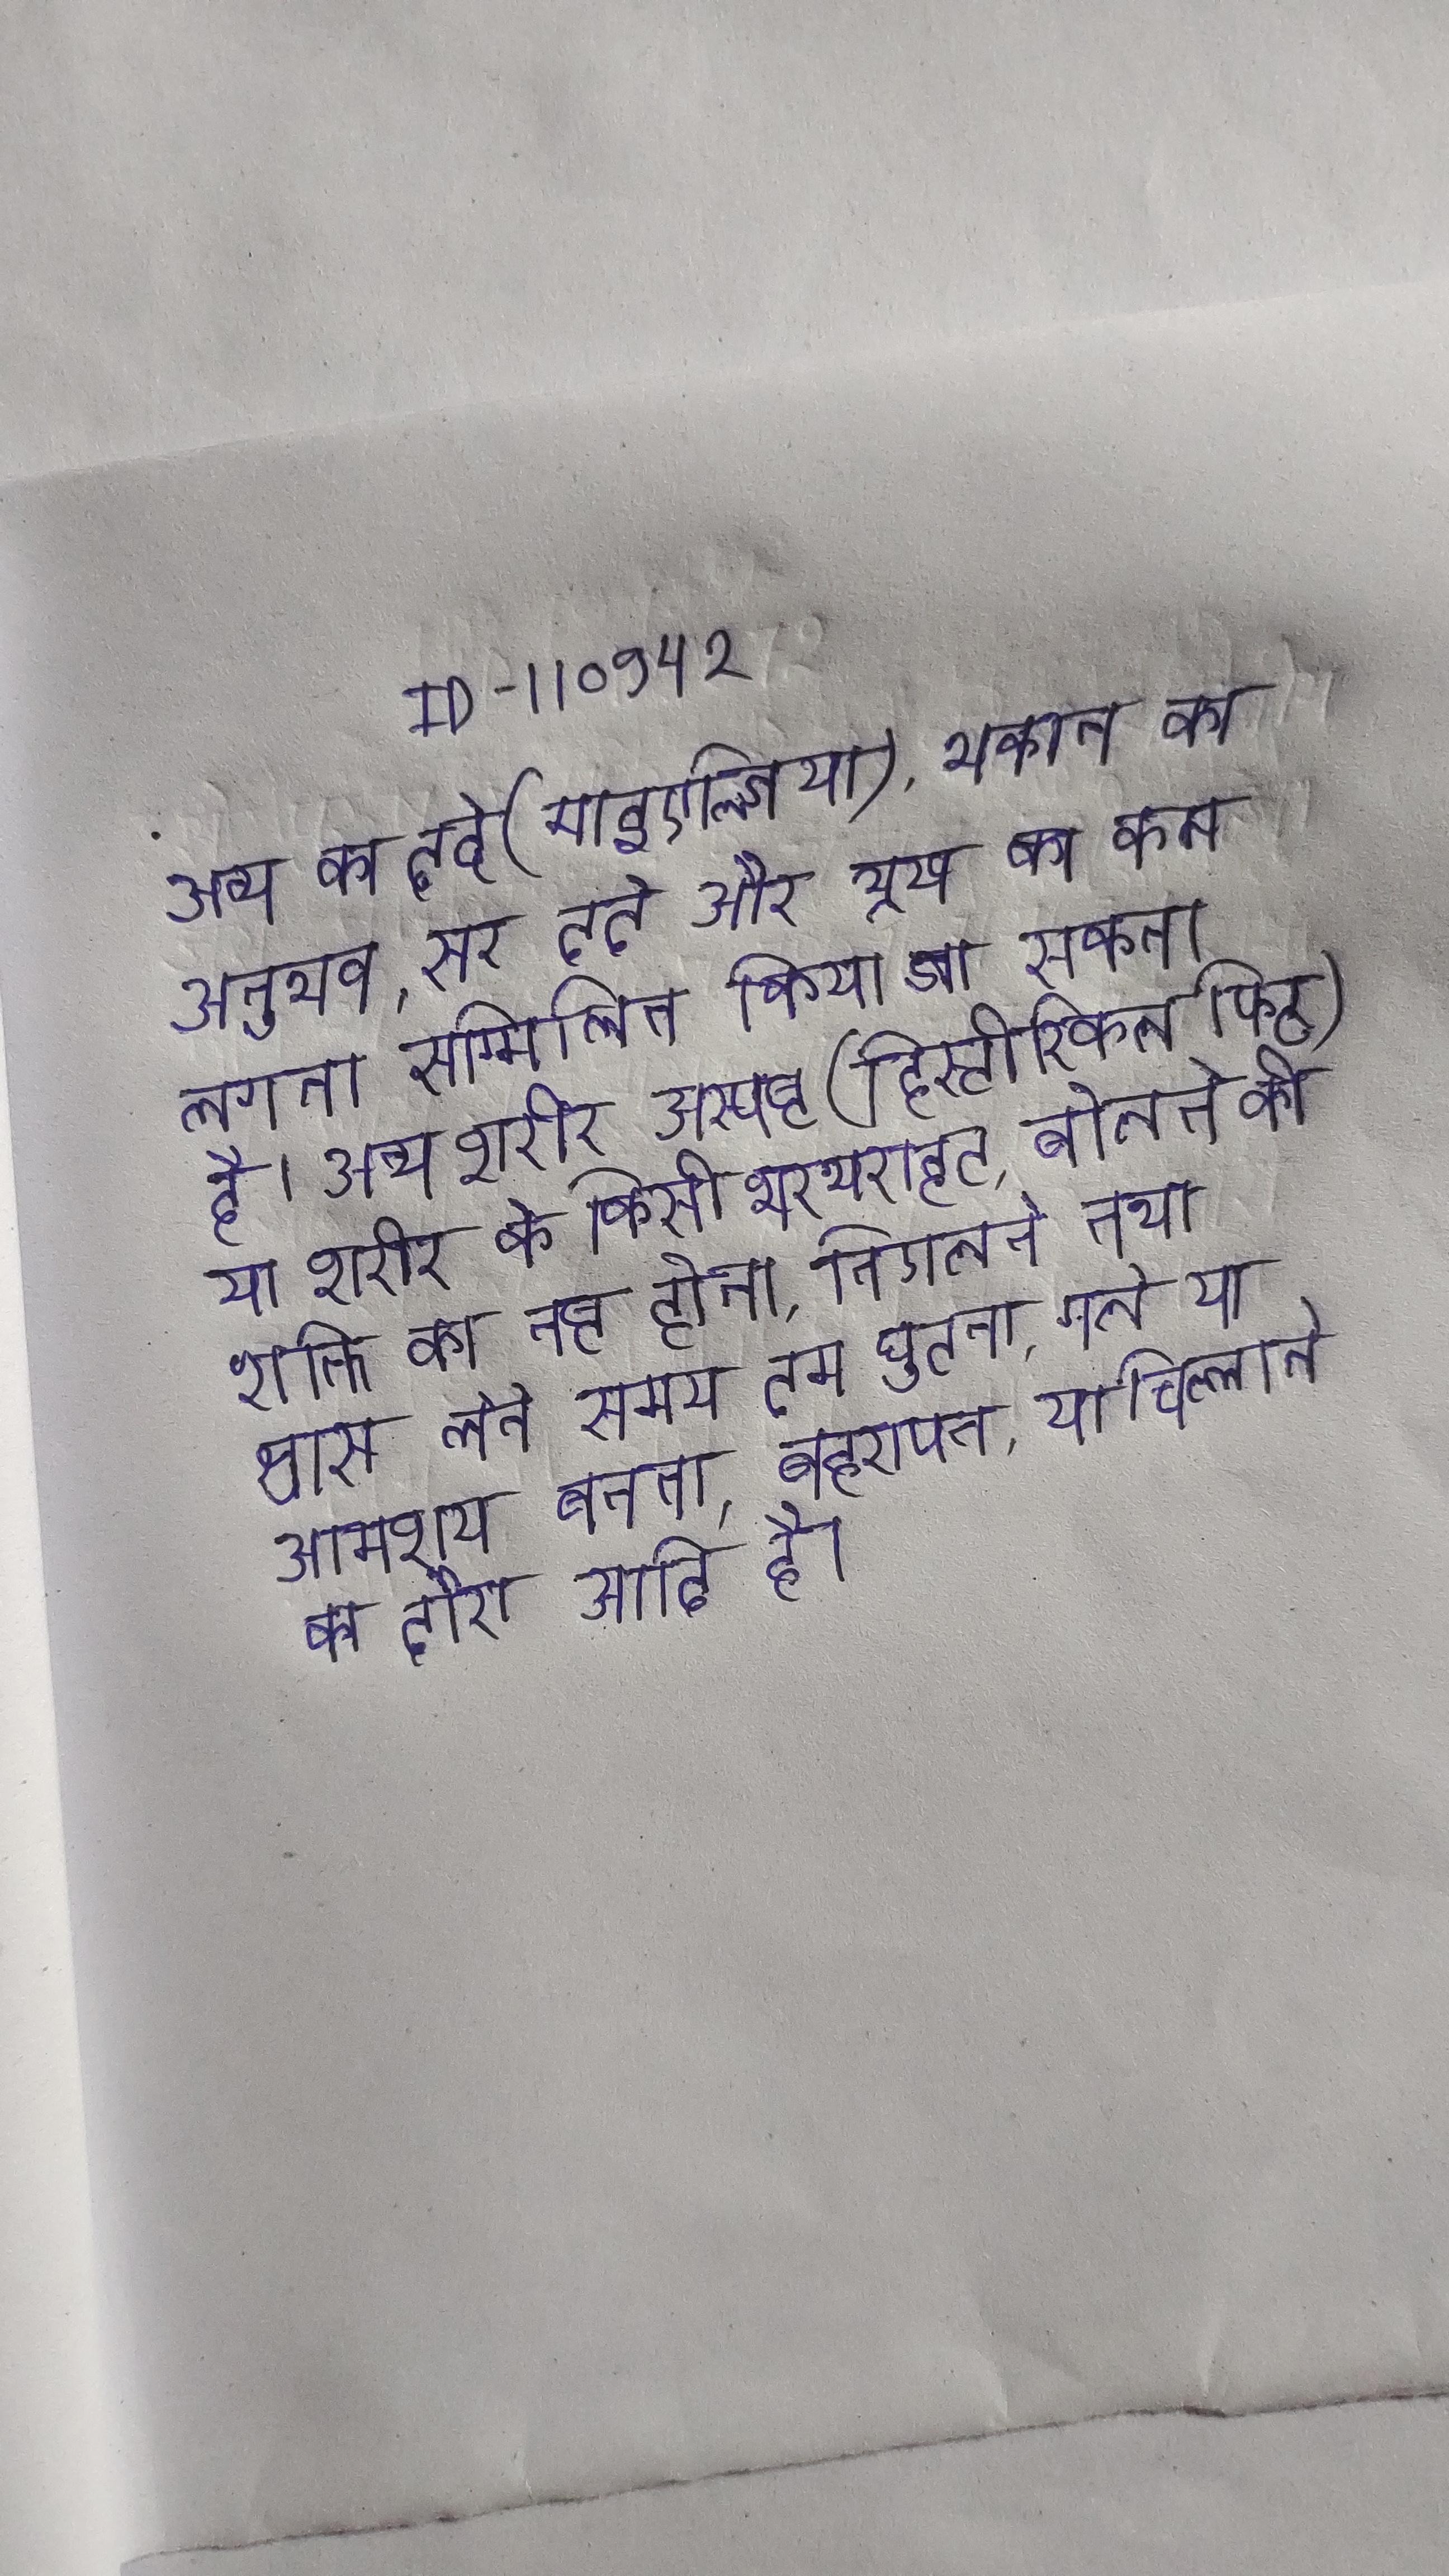
अन्य का दर्द (माइएल्जिया), थकान का अनुभव, सर दर्द और भूख का कम लगना सम्मिलित किया जा सकता है । अन्य शरीर अस्पष्ट (हिस्टीरिकल फिट) या शरीर के किसी थरथराहट, बोलने की शक्ति का नष्ट होना, निगलने तथा श्वास लेते समय दम घुटना, गले या आमशय बनता, बहरापन, या चिल्लाने का दौरा आदि है ।